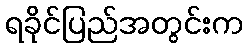
ရခိုင်ပြည်အတွင်းက